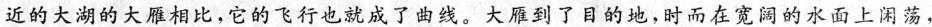
近的大湖的大雁相比，它的飞行也就成了曲线。大雁到了目的地，时而在宽阔的水面上闲荡，